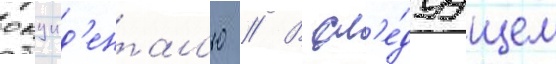
окцид'ентал'ю // В сл'е́дуущем